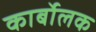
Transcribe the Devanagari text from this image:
कार्बोलक